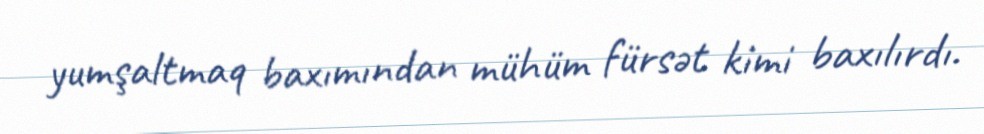
yumşaltmaq baxımından mühüm fürsət kimi baxılırdı.